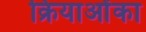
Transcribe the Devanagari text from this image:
क्रियाओंका